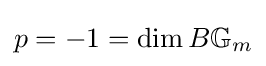
p=-1=\dim B\mathbb {G} _{m}